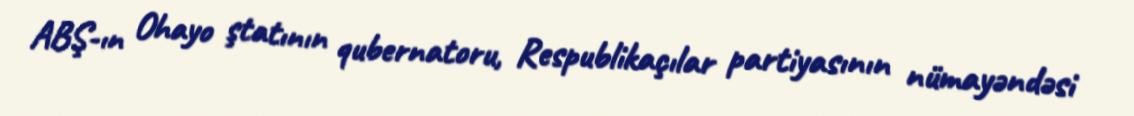
ABŞ-ın Ohayo ştatının qubernatoru, Respublikaçılar partiyasının nümayəndəsi